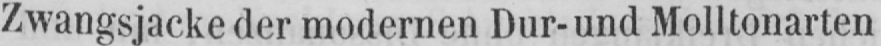
Zwangsjacke der modernen Dur- und Molltonarten